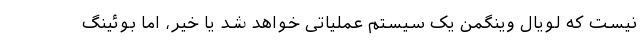
نیست که لویال وینگمن یک سیستم عملیاتی خواهد شد یا خیر، اما بوئینگ